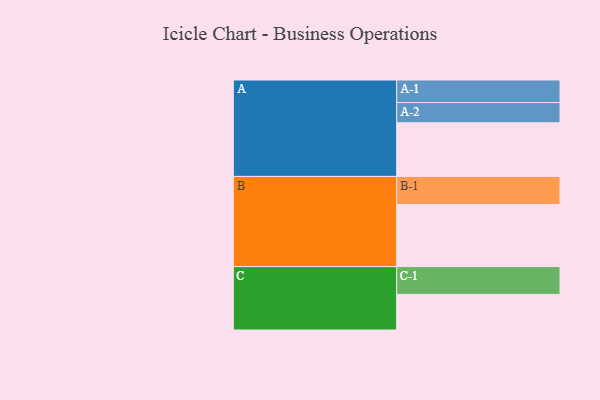
{"axis": {"x": "Segment", "y": "Value"}, "legend": ["", "A", "B", "C"], "data": [{"x": "A", "y": 516, "type": ""}, {"x": "B", "y": 597, "type": ""}, {"x": "C", "y": 343, "type": ""}, {"x": "A-1", "y": 217, "type": "A"}, {"x": "A-2", "y": 195, "type": "A"}, {"x": "B-1", "y": 271, "type": "B"}, {"x": "C-1", "y": 267, "type": "C"}]}